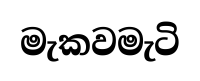
මැකවමැටි